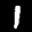
Label: 1